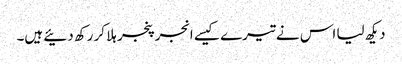
دیکھ لیا اس نے تیرے کیسے انجر پنجر ہلا کر رکھ دئیے ہیں۔